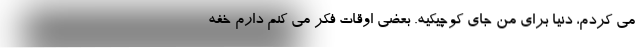
می ‌کردم، دنیا برای من جای کوچیکیه. بعضى اوقات فکر مى کنم دارم خفه